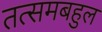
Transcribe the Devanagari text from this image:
तत्समबहुल